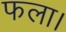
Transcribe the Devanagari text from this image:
फला।